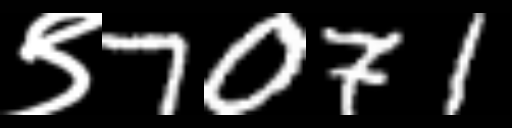
Text: ९7071